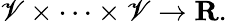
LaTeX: \mathscr{V}\times\cdots\times\mathscr{V}\to\mathbf{{R}}.